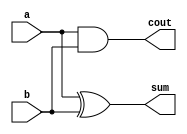
`timescale 1ns / 1ps
//////////////////////////////////////////////////////////////////////////////////
// Company: 
// Engineer: 
// 
// Design Name: 
// Module Name:    half_adder 
// Project Name: 
// Target Devices: 
// Tool versions: 
// Description: 
//
// Dependencies: 
//
// Revision: 
// Revision 0.01 - File Created
// Additional Comments: 
//
//////////////////////////////////////////////////////////////////////////////////
module half_adder(
    input a,b,
    output sum,cout
    );

    xor xor_1 (sum,a,b);
    and and_1 (cout,a,b);

endmodule